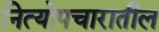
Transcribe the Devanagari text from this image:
नित्योपचारातील